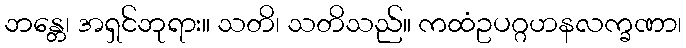
ဘန္တေ၊ အရှင်ဘုရား။ သတိ၊ သတိသည်။ ကထံဥပဂ္ဂဟနလက္ခဏာ၊